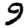
Digit: 9